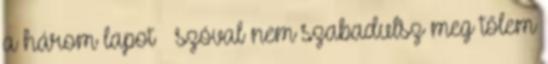
a három lapot – szóval nem szabadulsz meg tőlem